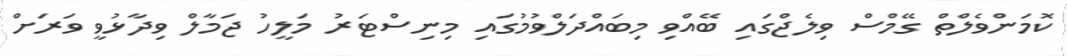
ކޮމަންވެލްތް ގޭމްސް ވިލެޖްގައި ބޭއްވި މިބައްދަލްވުމުގައި މިނިސްޓަރު މަލީހު ޖަމާލް ވިދާޅުވީ ވަރަށް